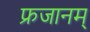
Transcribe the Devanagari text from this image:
फ्रजानम्